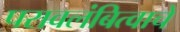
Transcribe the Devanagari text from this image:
परावलंबित्वाचे